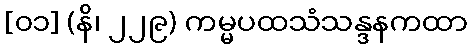
[၀၁] (နိ၊ ၂၂၉) ကမ္မပထသံသန္ဒနကထာ